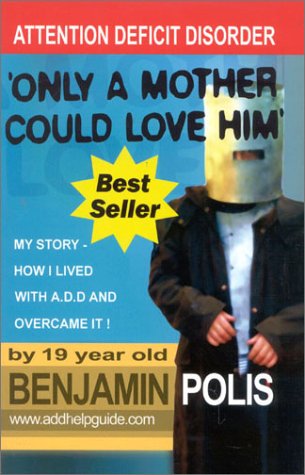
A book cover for Only a Mother Could Love Him - My Story - How I lived with A.D.D. and Overcame It!; Benjamin Polis; Parenting & Relationships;